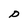
Character: P